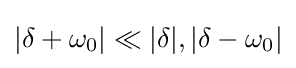
|\delta +\omega _{0}|\ll |\delta |,|\delta -\omega _{0}|